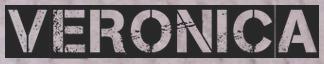
VERONICA